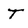
Character: T